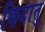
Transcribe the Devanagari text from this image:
किदातु